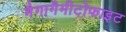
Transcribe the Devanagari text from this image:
मैगागैमीटोफाइट